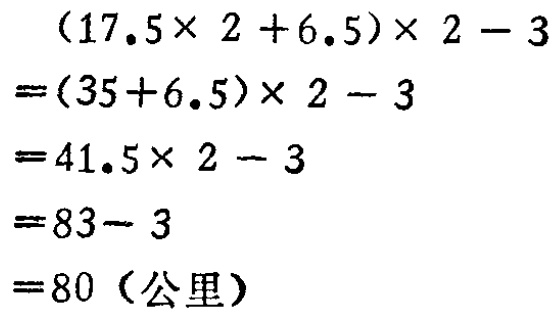
\[
\begin{align*}
&(17.5\times 2 + 6.5)\times 2 - 3\\
=&(35 + 6.5)\times 2 - 3\\
=&41.5\times 2 - 3\\
=&83 - 3\\
=&80（公里）
\end{align*}
\]